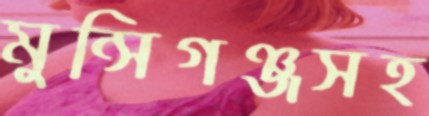
মুন্সিগঞ্জসহ